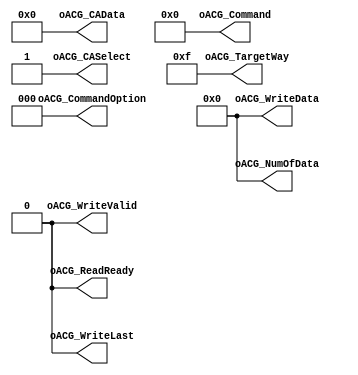
module NFC_Command_Idle
#
(
    parameter NumberOfWays    =   4
)
(
    oACG_Command          ,  
    oACG_CommandOption    ,  

    oACG_TargetWay        ,  
    oACG_NumOfData        ,  

    oACG_CASelect         ,  
    oACG_CAData           ,  

    oACG_WriteData        ,  
    oACG_WriteLast        ,  
    oACG_WriteValid       ,  

    oACG_ReadReady       
);

    output   [7:0]                  oACG_Command             ;
    output   [2:0]                  oACG_CommandOption       ;

    output   [NumberOfWays - 1:0]   oACG_TargetWay           ;
    output   [15:0]                 oACG_NumOfData           ;

    output                          oACG_CASelect            ;
    output   [39:0]                 oACG_CAData              ;

    output   [15:0]                 oACG_WriteData           ;
    output                          oACG_WriteLast           ;
    output                          oACG_WriteValid          ;

    output                          oACG_ReadReady           ;


	assign oACG_Command         = 8'b0000_0000;    
	assign oACG_CommandOption   = 3'b000;    
	assign oACG_TargetWay       = 8'hff;    
	assign oACG_NumOfData       = 16'd0;    
	assign oACG_CASelect        = 1'b1;    
	assign oACG_CAData          = 40'h00_00_00_00_00;    
	assign oACG_WriteData       = 16'h0000;    
	assign oACG_WriteLast       = 1'b0;    
	assign oACG_WriteValid      = 1'b0;    
	assign oACG_ReadReady       = 1'b0;    
	
endmodule